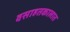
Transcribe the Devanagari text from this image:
वसाहतकालात